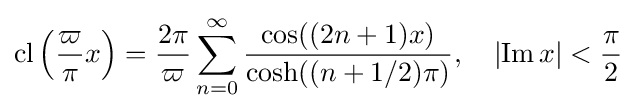
\operatorname {cl} \left({\frac {\varpi }{\pi }}x\right)={\frac {2\pi }{\varpi }}\sum _{n=0}^{\infty }{\frac {\cos((2n+1)x)}{\cosh((n+1/2)\pi )}},\quad \left|\operatorname {Im} x\right|<{\frac {\pi }{2}}